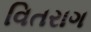
વિતરાગ